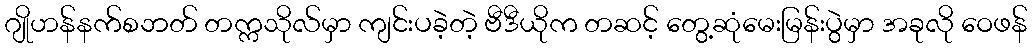
ဂျိုဟန်နက်စဘတ် တက္ကသိုလ်မှာ ကျင်းပခဲ့တဲ့ ဗီဒီယိုက တဆင့် တွေ့ဆုံမေးမြန်းပွဲမှာ အခုလို ဝေဖန်